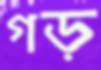
গড়